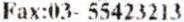
FAX:03- 55423213